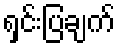
ရှင်းပြချက်